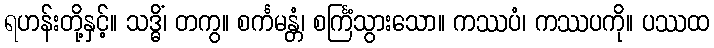
ရဟန်းတို့နှင့်။ သဒ္ဓိံ၊ တကွ။ စင်္ကမန္တံ၊ စင်္ကြံသွားသော။ ကဿပံ၊ ကဿပကို။ ပဿထ